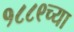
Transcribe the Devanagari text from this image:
१८८९च्या